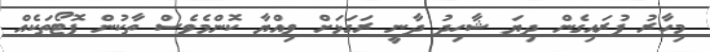
މިހާރު ފުރައިގެން ދިޔަ ޝާހިދު ދާނީ ރަގަޅަށް ވިއްޔާ ކޮންމެވެސް ތާކުން ފޮޓޯތަކެއް